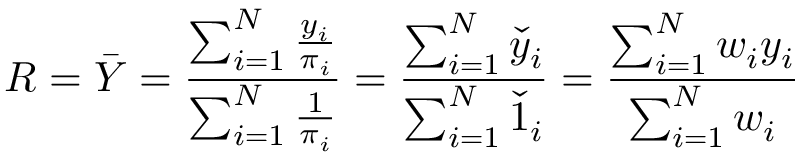
R = { \bar { Y } } = { \frac { \sum _ { i = 1 } ^ { N } { \frac { y _ { i } } { \pi _ { i } } } } { \sum _ { i = 1 } ^ { N } { \frac { 1 } { \pi _ { i } } } } } = { \frac { \sum _ { i = 1 } ^ { N } { \check { y } } _ { i } } { \sum _ { i = 1 } ^ { N } { \check { 1 } } _ { i } } } = { \frac { \sum _ { i = 1 } ^ { N } w _ { i } y _ { i } } { \sum _ { i = 1 } ^ { N } w _ { i } } }